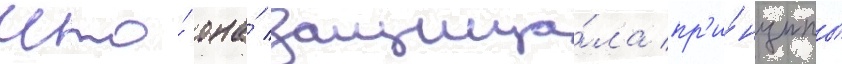
что́ она́ защища́ла пр'и́нципы